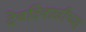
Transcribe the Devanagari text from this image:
देवदिवाळीच्या